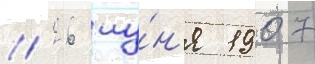
/ 26 иу́н'я 1907